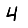
Digit: 4